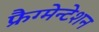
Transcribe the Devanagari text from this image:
फ्रैग्मेन्टेशन